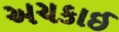
અચકાઈ